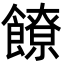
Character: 䭜